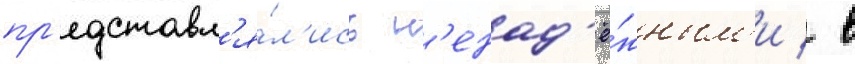
пр'едставл'я́л'ись н'енад'ё́жным'и / в